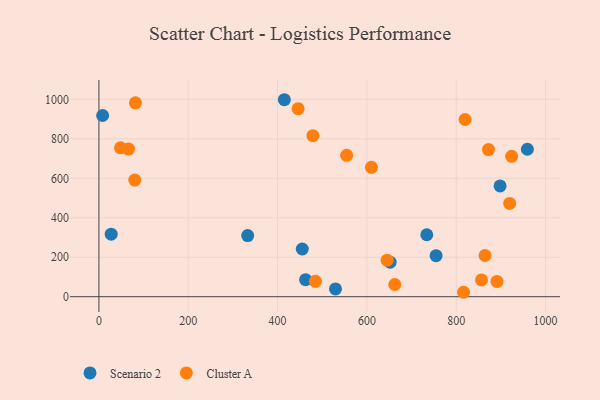
{"axis": {"x": "Investment", "y": "Exam Score"}, "legend": ["Cluster A", "Scenario 2"], "data": [{"x": "959.3", "y": 747.4, "type": "Scenario 2"}, {"x": "462.7", "y": 86.3, "type": "Scenario 2"}, {"x": "898.2", "y": 561.6, "type": "Scenario 2"}, {"x": "8.3", "y": 918.3, "type": "Scenario 2"}, {"x": "734.1", "y": 313.9, "type": "Scenario 2"}, {"x": "333.1", "y": 309.6, "type": "Scenario 2"}, {"x": "754.9", "y": 208.1, "type": "Scenario 2"}, {"x": "652.0", "y": 175.1, "type": "Scenario 2"}, {"x": "455.3", "y": 241.7, "type": "Scenario 2"}, {"x": "27.5", "y": 316.8, "type": "Scenario 2"}, {"x": "529.7", "y": 39.3, "type": "Scenario 2"}, {"x": "415.2", "y": 998.3, "type": "Scenario 2"}, {"x": "610.2", "y": 655.8, "type": "Cluster A"}, {"x": "872.2", "y": 745.4, "type": "Cluster A"}, {"x": "446.0", "y": 953.0, "type": "Cluster A"}, {"x": "816.4", "y": 22.4, "type": "Cluster A"}, {"x": "81.8", "y": 982.8, "type": "Cluster A"}, {"x": "80.3", "y": 591.0, "type": "Cluster A"}, {"x": "924.1", "y": 711.4, "type": "Cluster A"}, {"x": "864.5", "y": 208.8, "type": "Cluster A"}, {"x": "645.3", "y": 185.1, "type": "Cluster A"}, {"x": "484.7", "y": 78.0, "type": "Cluster A"}, {"x": "554.7", "y": 716.3, "type": "Cluster A"}, {"x": "48.3", "y": 754.5, "type": "Cluster A"}, {"x": "919.6", "y": 472.9, "type": "Cluster A"}, {"x": "479.0", "y": 816.2, "type": "Cluster A"}, {"x": "66.3", "y": 748.4, "type": "Cluster A"}, {"x": "662.4", "y": 61.8, "type": "Cluster A"}, {"x": "819.9", "y": 898.1, "type": "Cluster A"}, {"x": "856.6", "y": 84.9, "type": "Cluster A"}, {"x": "891.2", "y": 77.3, "type": "Cluster A"}]}